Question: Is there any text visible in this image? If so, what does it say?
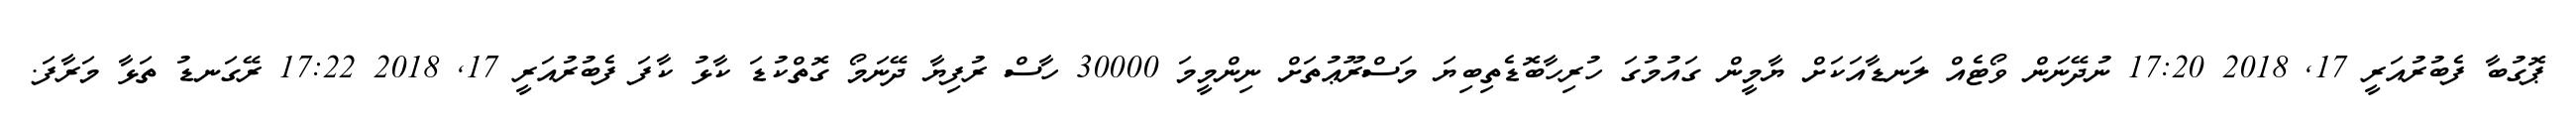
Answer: ޕޮގުބާ ފެބުރުއަރީ 17, 2018 17:20 ނުދޭނަން ވޯޓެއް ލަނޑާއަކަށް ޔާމީން ގައުމުގަ ހުރިހާބޮޑެތިބިޔަ މަސްރޫޢުތަށް ނިންމީމަ 30000 ހާސް ރުފިޔާ ދޭނަމޯ ގޮތްކުޑަ ކާޅު ކާފަ ފެބުރުއަރީ 17, 2018 17:22 ރޭގަނޑު ތަޅާ މަރާފަ.